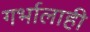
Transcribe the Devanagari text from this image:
गर्भालाही